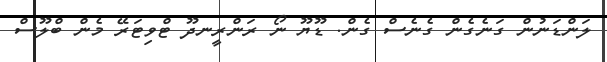
ލަންޑަނުން ގަނެގެން ގެނެސް ގެން. ޑޫޔޫ ނޯ ރަންރީނދޫ ޓްވިޓަރޭ މެން ބްލޫސް